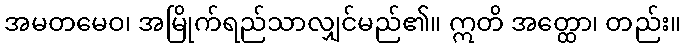
အမတမေဝ၊ အမြိုက်ရည်သာလျှင်မည်၏။ ဣတိ အတ္ထော၊ တည်း။